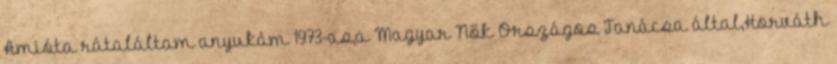
Amióta rátaláltam anyukám 1973-as,a Magyar Nők Országos Tanácsa által,Horváth